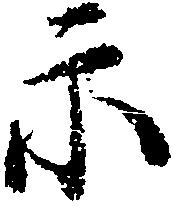
示